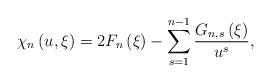
LaTeX: \begin{align*}\chi _{n}\left( {u,\xi }\right) =2F_{n}\left( \xi \right)-\sum\limits_{s=1}^{n-1}{\frac{G_{n,s}\left( \xi \right) }{u^{s}},}\end{align*}